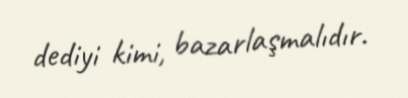
dediyi kimi, bazarlaşmalıdır.